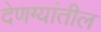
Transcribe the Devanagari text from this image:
देणग्यांतील